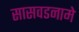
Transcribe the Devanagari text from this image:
सासवडनामे